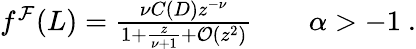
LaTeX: \begin{array}{r}{f^{\mathcal{F}}(L)=\frac{\nu C(D)z^{-\nu}}{1+\frac{z}{\nu+1}+\mathcal{O}(z^{2})}\qquad\alpha>-1\ .}\end{array}